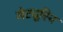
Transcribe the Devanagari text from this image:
मेट्यूरिन